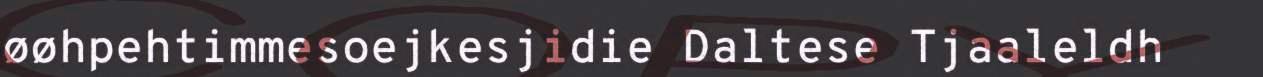
øøhpehtimmesoejkesjidie Daltese Tjaaleldh